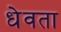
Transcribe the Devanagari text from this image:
धेवता